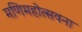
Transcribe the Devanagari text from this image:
मणिमहोत्सवना